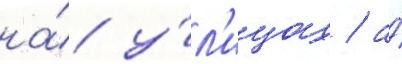
на́ у́л'ицах / а́